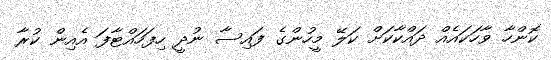
ކޮންހާ ވާހަކައެއް ދައްކާކަށް ކަލޭ މީހުންގެ ފައިސާ ނުދީ ހިފަހައްޓާފަ އެއިން ކުރާ